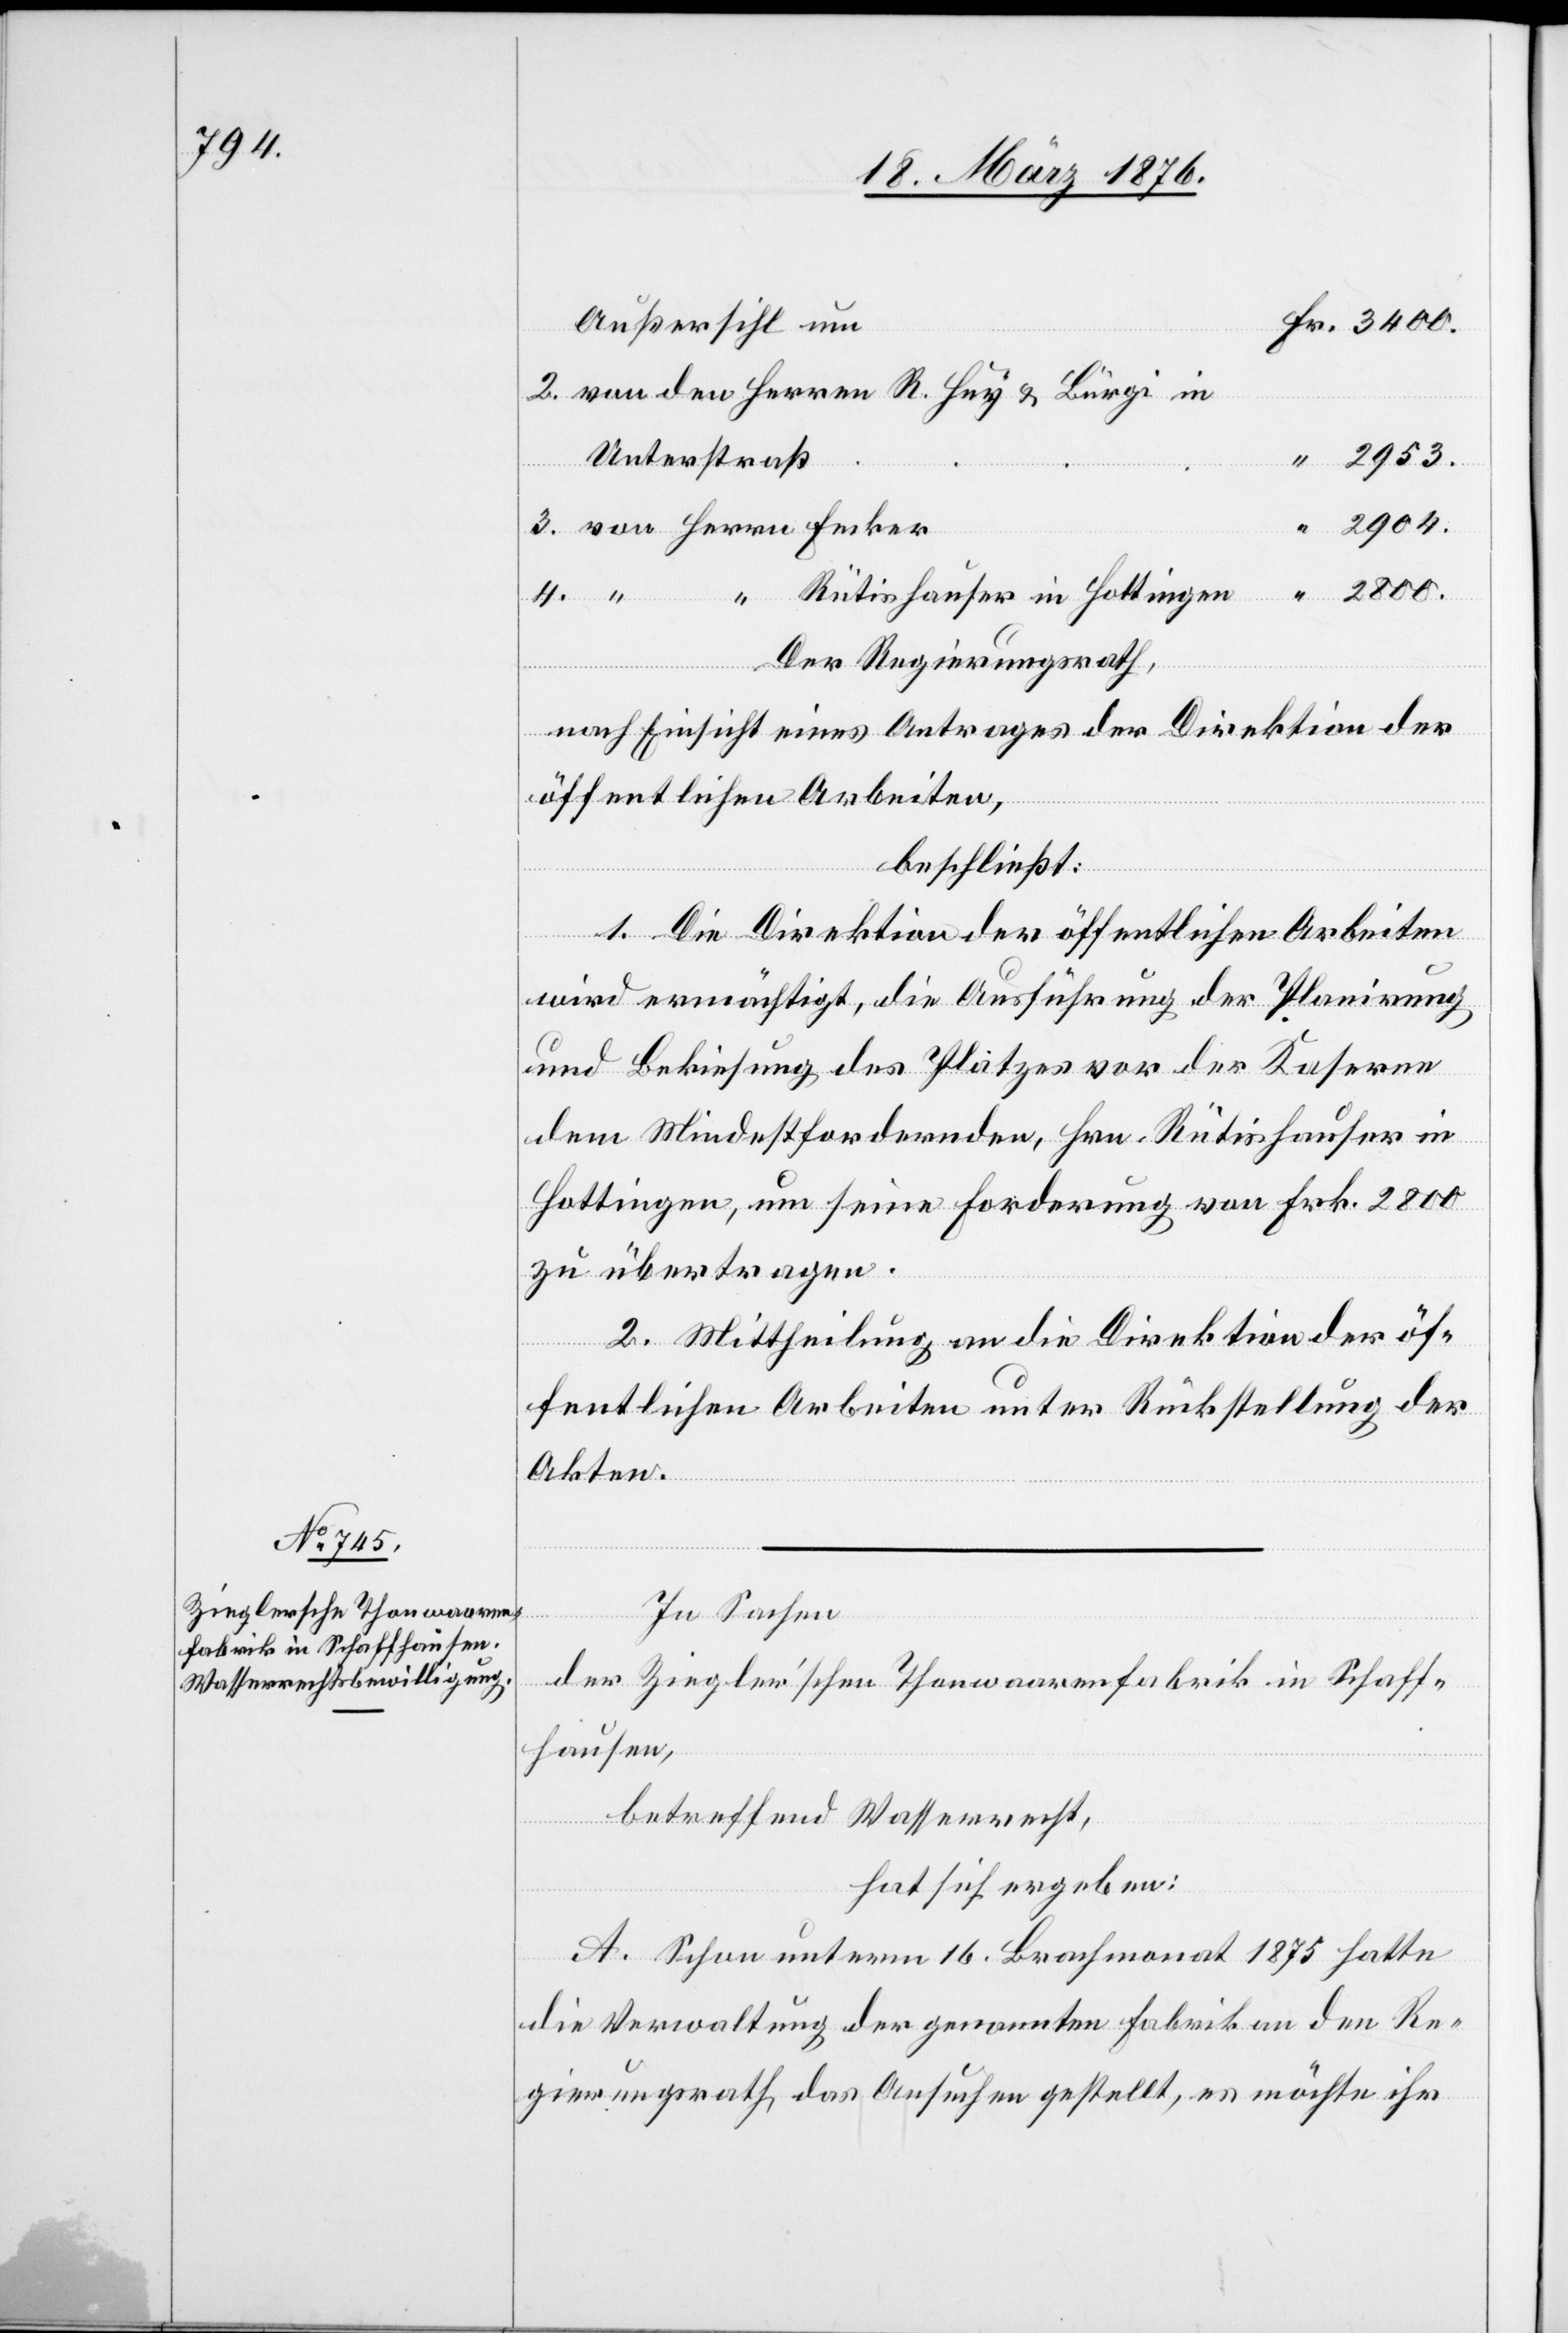
2904.

2953.
Unterstraß
4.
Hott¬
Der Regierungsrath,
nach Einsicht eines Antrages der Direktion der
öffentlichen Arbeiten,
beschließt:
Herrn
1. Die Direktion der öffentlichen Arbeiten
wird ermächtigt, die Ausführung der Planirung
und Bekiesung des Platzes vor der Kaserne
dem Mindestfordernden, Hrn. Rütishauser in
Hottingen, um seine Forderung von Frk. 2800
zu übertragen.
in
2. Mittheilung an die Direktion der öf¬
fentlichen Arbeiten unter Rückstellung der
Akten.
Fecker
In Sachen
der Ziegler’schen Thonwaarenfabrik in Schaff¬
hausen,
betreffend Wasserrecht,
hat sich ergeben:
A. Schon unterm 16. Brachmonat 1875 hatte
die Verwaltung der genannten Fabrik an den Re¬
gierungsrath das Ansuchen gestellt, es möchte ihr

ingen